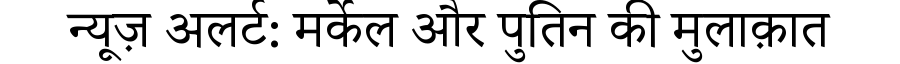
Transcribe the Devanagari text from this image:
न्यूज़ अलर्ट: मर्केल और पुतिन की मुलाक़ात